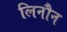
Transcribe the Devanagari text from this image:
लिनौन